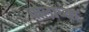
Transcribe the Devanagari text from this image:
चोलाच्या